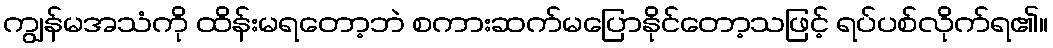
ကျွန်မအသံကို ထိန်းမရတော့ဘဲ စကားဆက်မပြောနိုင်တော့သဖြင့် ရပ်ပစ်လိုက်ရ၏။